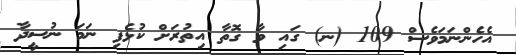
އެހެންނަމަވެސް 109 (ނ) ގައި ވާ ގޮތާ އިތުރަށް ކުޅެފި ނަމަ ނުސީދާ